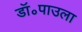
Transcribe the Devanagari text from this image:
डॉ॰पाउला